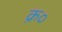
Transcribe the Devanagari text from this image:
क्र०